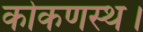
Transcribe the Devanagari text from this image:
कोकणस्थ।